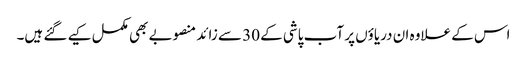
اس کے علاوہ ان دریاؤں پر آب پاشی کے 30 سے زائد منصوبے بھی مکمل کیے گئے ہیں۔